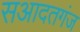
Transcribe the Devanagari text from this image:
सआदतगंज